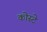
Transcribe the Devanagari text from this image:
कोस्टे